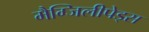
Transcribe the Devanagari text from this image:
मैग्जिलीपेड्स